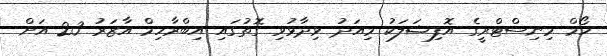
ހޯމް މިނިސްޓްރީގެ އޮފިޝަލަކު މިއަދު ވިދާޅުވި ގޮތުގައި އިބްރާހިމް އާޒަރު 23 އަށް